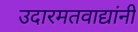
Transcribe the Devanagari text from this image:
उदारमतवाद्यांनी